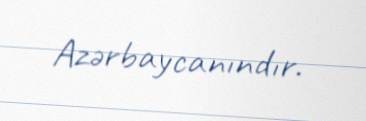
Azərbaycanındır.